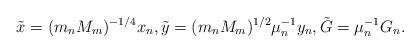
LaTeX: \begin{align*}\tilde x = (m_n M_m)^{-1/4}x_n, \tilde y = (m_n M_m)^{1/2} \mu_n^{-1}y_n, \tilde G = \mu_n^{-1} G_n.\end{align*}